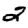
Digit: 2